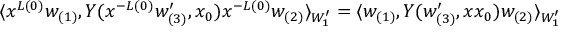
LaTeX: \langle x ^ { L ( 0 ) } w _ { ( 1 ) } , { \cal Y } ( x ^ { - L ( 0 ) } w _ { ( 3 ) } ^ { \prime } , x _ { 0 } ) x ^ { - L ( 0 ) } w _ { ( 2 ) } \rangle _ { W _ { 1 } ^ { \prime } } = \langle w _ { ( 1 ) } , { \cal Y } ( w _ { ( 3 ) } ^ { \prime } , x x _ { 0 } ) w _ { ( 2 ) } \rangle _ { W _ { 1 } ^ { \prime } }